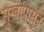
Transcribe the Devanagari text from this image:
सुखांपासुन